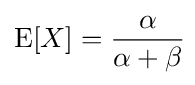
\operatorname {E} [X]={\frac {\alpha }{\alpha +\beta }}\!